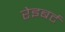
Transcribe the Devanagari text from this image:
रेइबर्ट